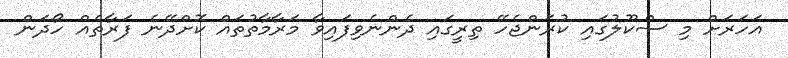
އަހަރަށް މި ސްކޫލުގައި ކުރަންޖެހޭ ތިރީގައި ދެންނެވިފައިވާ މަރާމާތުތައް ކޮށްދޭނެ ފަރާތެއް ހޯދަން